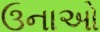
ઉનાઓ